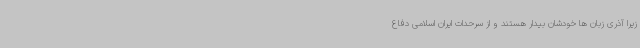
زیرا آذری زبان ها خودشان بیدار هستند و از سرحدات ایران اسلامی دفاع